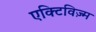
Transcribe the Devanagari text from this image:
एक्टिविज़्म